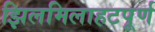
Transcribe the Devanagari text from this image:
झिलमिलाहटपूर्ण